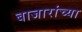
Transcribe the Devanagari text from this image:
बाजारांच्या